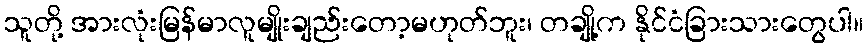
သူတို့ အားလုံးမြန်မာလူမျိုးချည်းတော့မဟုတ်ဘူး၊ တချို့က နိုင်ငံခြားသားတွေပါ။